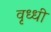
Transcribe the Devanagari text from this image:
वृध्धी